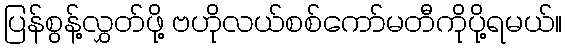
ပြန်စွန့်လွှတ်ဖို့ ဗဟိုလယ်စစ်ကော်မတီကိုပို့ရမယ်။